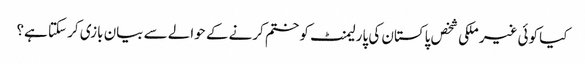
کیا کوئی غیر ملکی شخص پاکستان کی پارلیمنٹ کو ختم کرنے کے حوالے سے بیان بازی کر سکتا ہے؟